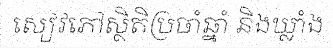
សៀវភៅស្ថិតិប្រចាំឆ្នាំ និងឃ្លាំង